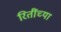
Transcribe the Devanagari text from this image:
रितींच्या